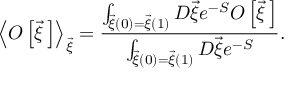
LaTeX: \left< { \cal O } \left[ \vec { \xi } { \, } \right] \right> _ { \vec { \xi } } = \frac { \int _ { \vec { \xi } ( 0 ) = \vec { \xi } ( 1 ) } ^ { } { \cal D } \vec { \xi } e ^ { - S } { \cal O } \left[ \vec { \xi } { \, } \right] } { \int _ { \vec { \xi } ( 0 ) = \vec { \xi } ( 1 ) } ^ { } { \cal D } \vec { \xi } e ^ { - S } } .